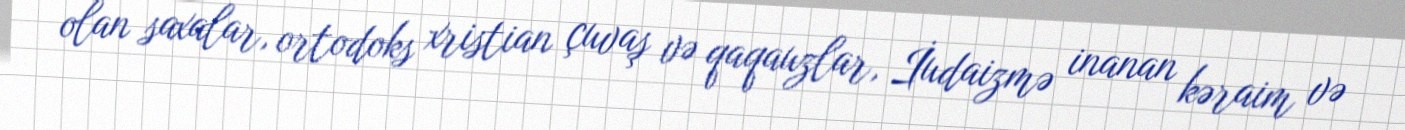
olan saxalar, ortodoks xristian çuvaş və qaqauzlar, İudaizmə inanan kəraim və